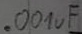
Text: .001µF